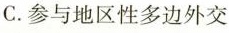
C.参与地区性多边外交